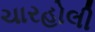
ચારહોલી